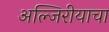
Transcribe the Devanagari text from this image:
अल्जिरीयाचा